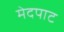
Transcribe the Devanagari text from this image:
मेदपाट